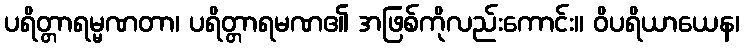
ပရိတ္တာရမ္မဏတာ၊ ပရိတ္တာရမဏ၏ အဖြစ်ကိုလည်းကောင်း။ ဝိပရိယာယေန၊